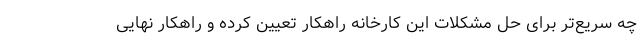
چه سریع‌تر برای حل مشکلات این کارخانه راهکار تعیین کرده و راهکار نهایی